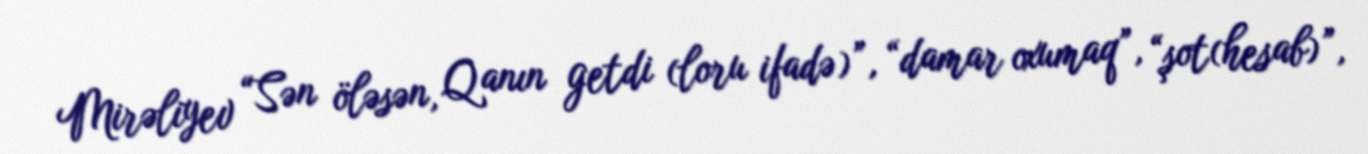
Mirəliyev “Sən öləsən, Qanın getdi (loru ifadə)”, “damar oxumaq”, “şot(hesab)”,